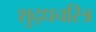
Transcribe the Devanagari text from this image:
शुद्धचरित्र